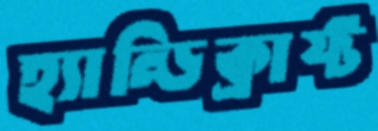
হ্যান্ডিক্রাফ্ট